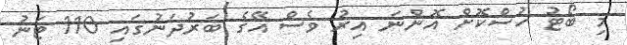
މި ބޯޓު ހުސްކޮށް އޮންނަ އިރު ވެސް އޭގެ ބަރުދަނުގައި 110 ޓަނު